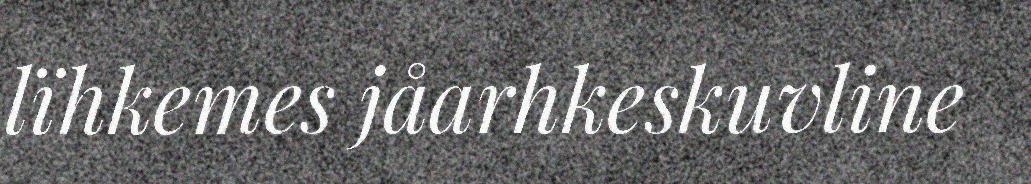
lïhkemes jåarhkeskuvline